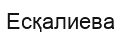
Есқалиева